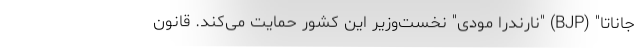
جاناتا" (BJP) "نارندرا مودی" نخست‌وزیر این کشور حمایت می‌کند. قانون